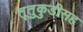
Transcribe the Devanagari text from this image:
तूतुकुडीसह